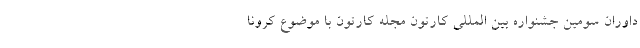
داوران سومین جشنواره بین المللی کارتون مجله کارتون با موضوع کرونا